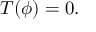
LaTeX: T ( \phi ) = 0 .